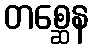
တစ္ဆေန